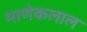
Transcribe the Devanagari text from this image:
माणेकलाल